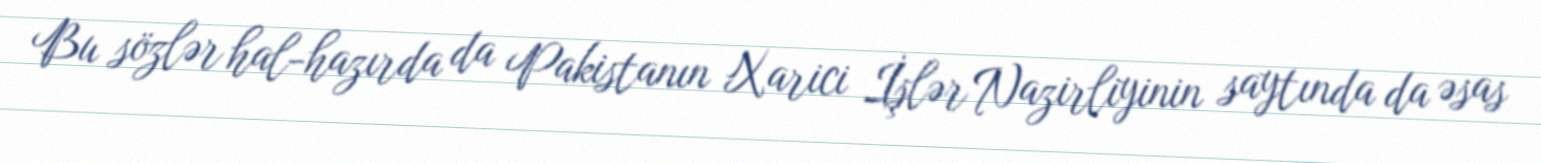
Bu sözlər hal-hazırda da Pakistanın Xarici İşlər Nazirliyinin saytında da əsas